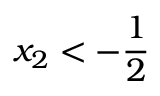
x _ { 2 } < - \frac { 1 } { 2 }